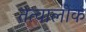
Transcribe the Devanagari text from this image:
तत्वालोक